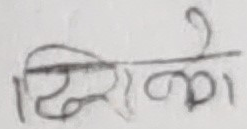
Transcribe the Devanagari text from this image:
जिम्मे